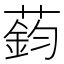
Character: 𫉟